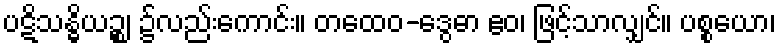
ပဋိသန္ဓိယဉ္စ၊ ၌လည်းကောင်း။ တထေဝ-ဒွေဓာ ဧဝ၊ ဖြင့်သာလျှင်။ ပစ္စယော၊